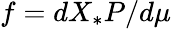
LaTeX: f=dX_{*}P/d\mu